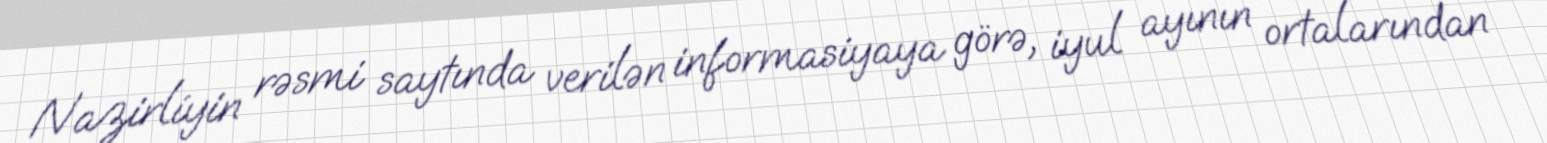
Nazirliyin rəsmi saytında verilən informasiyaya görə, iyul ayının ortalarından